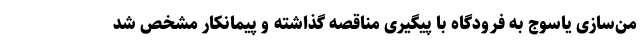
من‌سازی یاسوج به فرودگاه با پیگیری مناقصه گذاشته و پیمانکار مشخص شد